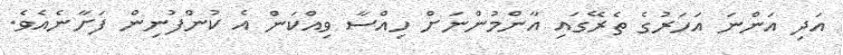
އަދި އަންނަ އަހަރުގެ ތެރޭގައި އާންމުންނަށް ހިއްސާ ވިއްކަން އެ ކުންފުނިން ފަށާނެއެވެ.